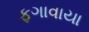
ફગાવાયા